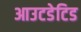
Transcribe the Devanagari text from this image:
आउटडेटिड